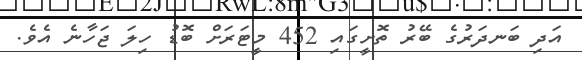
އަދި ބަނދަރުގެ ބޭރު ތޮށީގައި 452 މީޓަރަށް ބޮޑު ހިލަ ޖަހާނެ އެވެ.